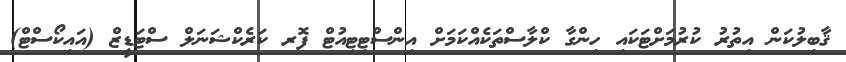
ޤާބިލުކަން އިތުރު ކުުރުމަށްޓަކައި ހިންގާ ކްލާސްތަކެއްކަމަށް އިންސްޓިޓިއުޓް ފޮރ ކަރެކްޝަނަލް ސްޓަޑީޒް (އައިކޯސްޓް)